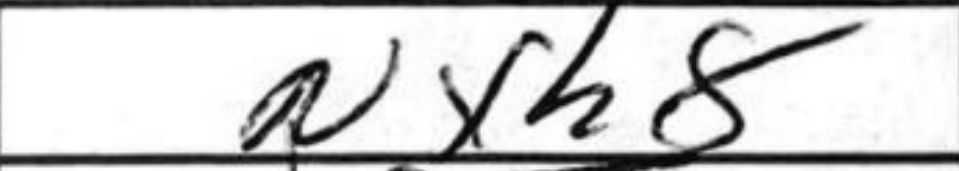
Transcription: Nxh8